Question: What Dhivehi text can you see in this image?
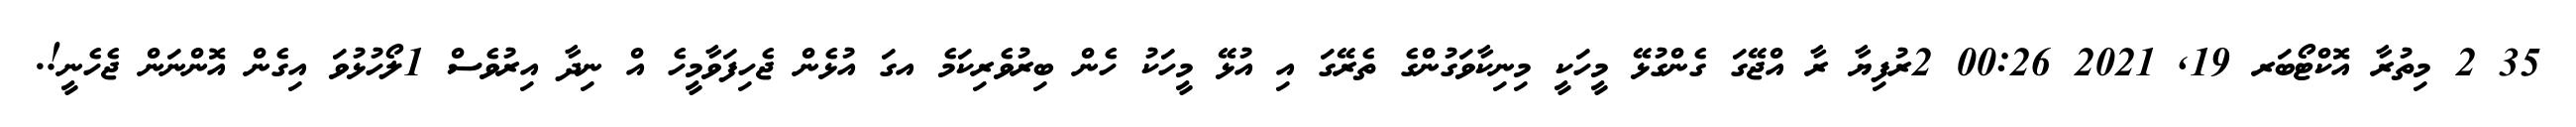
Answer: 35 2 މިތުރާ އޮކްޓޯބަރ 19, 2021 00:26 2ރުފިޔާ ރާ އްޖޭގަ ގެންގުޅޭ މީހަކީ މިނިކާވަގުންގެ ތެރޭގަ އި އުޅޭ މީހަކު ހެން ބިރުވެރިކަމެ އގަ އުޅެން ޖެހިފަވާމީހެ އް ނިދާ އިރުވެސް 1ލޯހުޅުވަ އިގެން އޮންނަން ޖެހެނީ!.